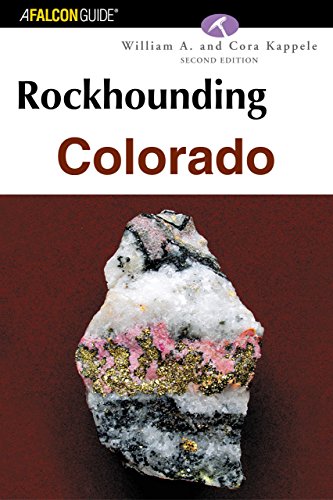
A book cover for Rockhounding Colorado (Rockhounding Series); William A. Kappele; Science & Math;